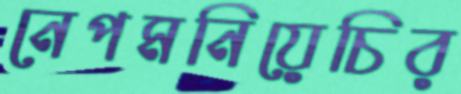
নেপমনিয়েচির